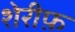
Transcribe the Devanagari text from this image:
शेरीफ़